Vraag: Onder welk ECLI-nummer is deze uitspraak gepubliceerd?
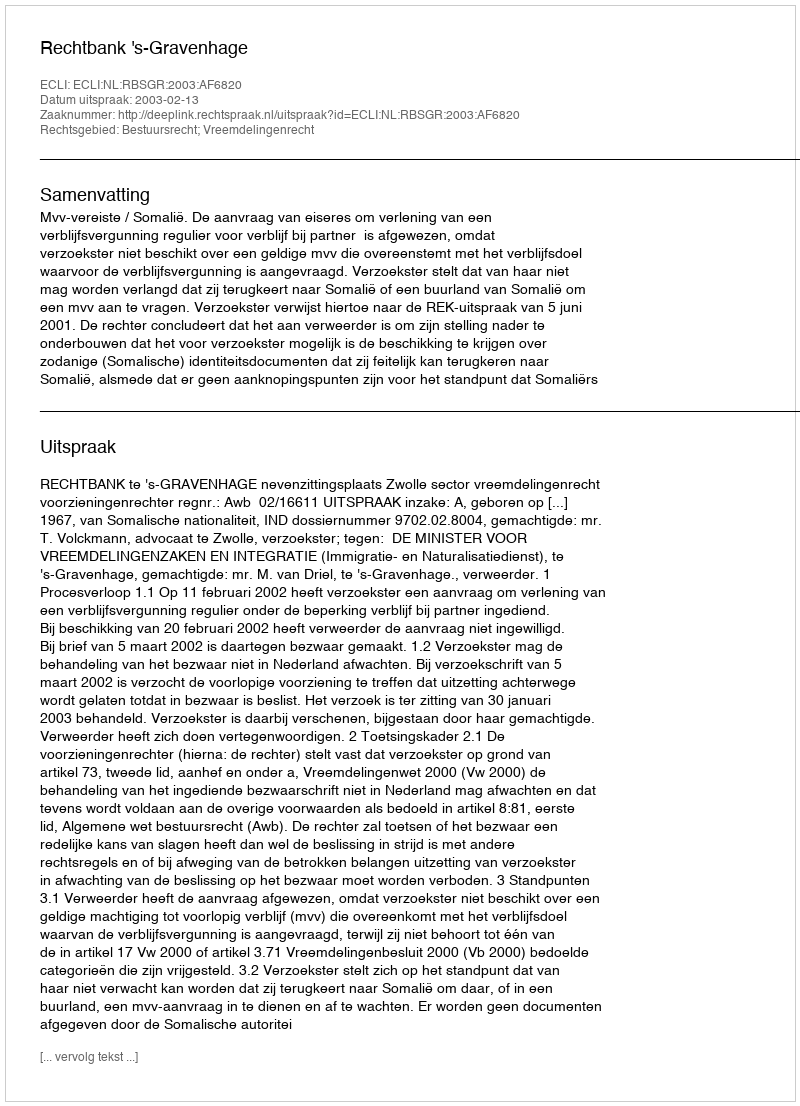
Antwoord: ECLI:NL:RBSGR:2003:AF6820